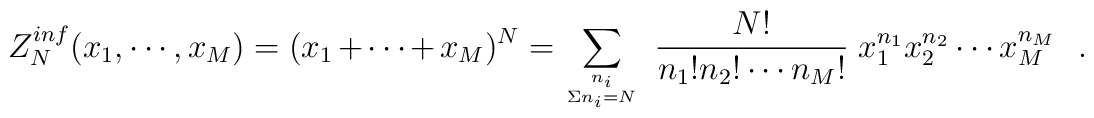
Z_{N}^{inf}(x_1,\cdots,          x_M)          =                    (x_1+\cdots+x_M)^N  =  \sum_{{n_i}\atop{\Sigma                    n_i=N}}                    ~{N!\over  n_1!n_2!\cdots   n_M!}   ~x_1^{n_1}                    x_2^{n_2}\cdots x_M^{n_M}\,\,\,\,.